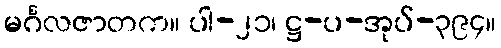
မင်္ဂလဇာတက။ ပါ-၂၁၊ ဋ္ဌ-ပ-အုပ်-၃၉၄။